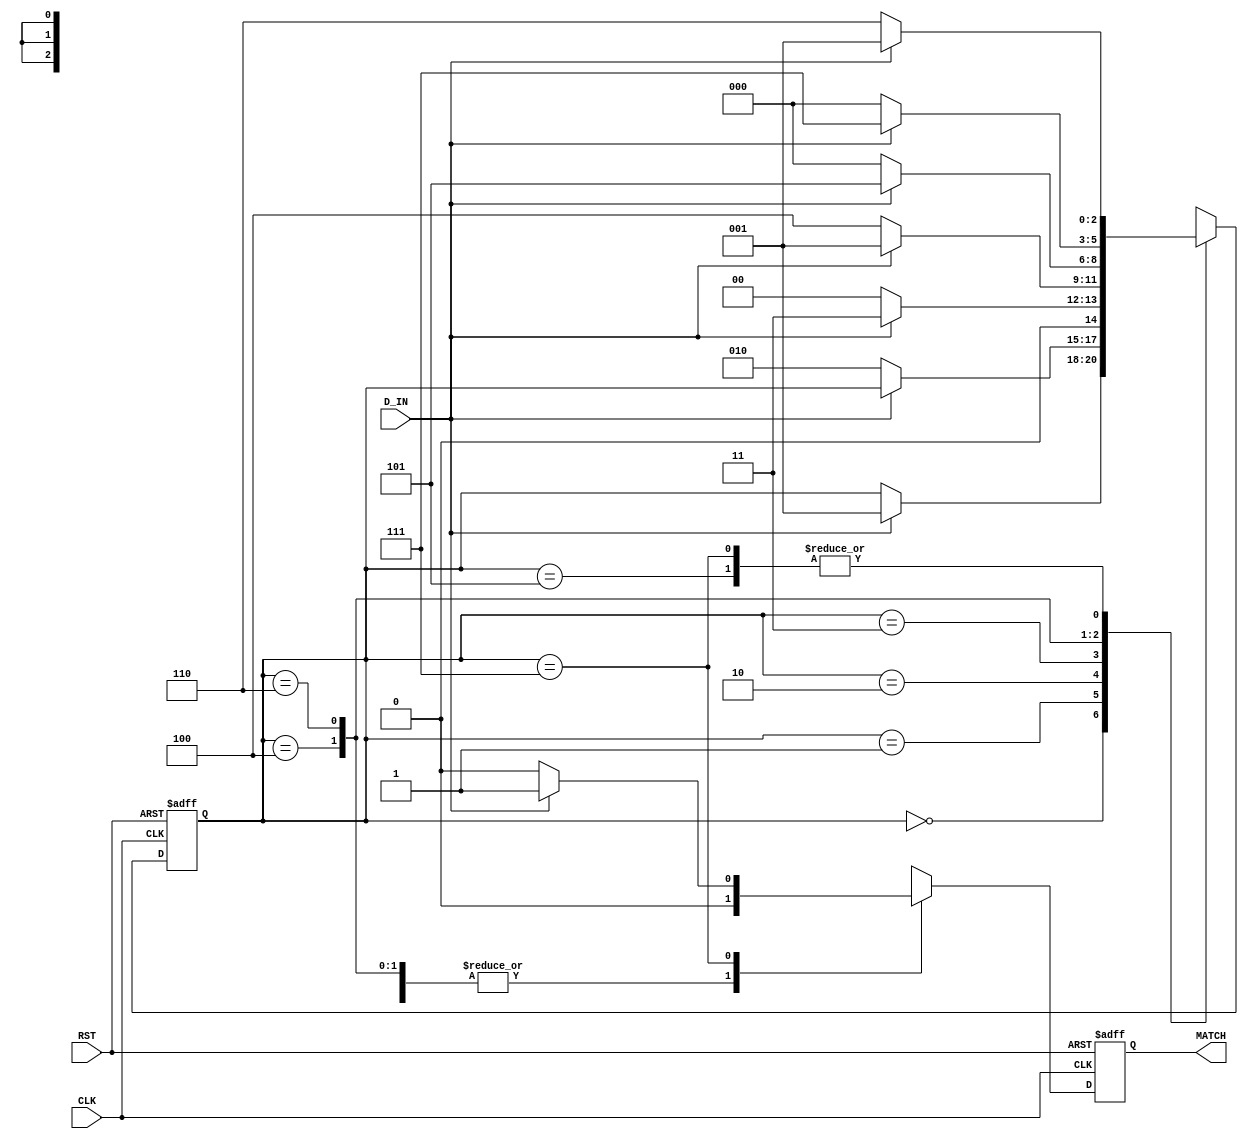
//-----------------------------------------------------------------------------------------------------------------------------------------------------------------------------------
// Purpose: Implement a RTL level design of a sequence detector to detect pattern 10101011. Including Repetation.  
// Concept: 1. The test-bench reads one bit at a time from an input file called pattern.in which contains a stream of 0s and 1s to be used as your input pattern. 
//          2. When the sequence detector detects the pattern, output signal MATCH, should go HIGH in the same clock cycle and remains high for 1-clock cycle. If enable (* active high) is not active then neither grant is generated, nor priorities updated.
//          3. output is written to a file seq.out..
// 
// Owner: Rohit Kumar Singh
//-----------------------------------------------------------------------------------------------------------------------------------------------------------------------------------


`timescale 1ns/1ns

module seq_detect (D_IN, CLK, RST, MATCH);
input CLK, RST, D_IN;
output reg MATCH;

parameter  
Start=3'b000, 
S1=3'b001,
S10=3'b010,
S101=3'b011,
S1010=3'b100,
S10101=3'b101,
S101010=3'b110,
S1010101=3'b111;

reg [2:0] state; 

always @(posedge CLK, posedge RST)
begin
if(RST==1)
begin 
state <= Start;
MATCH<=0;
end
else
begin
 case(state) 
 
 Start:
 begin
  MATCH<=0;
  if(D_IN)
   state <= S1;
 end
 
 S1:
 begin
  MATCH<=0;
  if(!D_IN)
   state <= S10;
 end
 
 S10:
 begin
  MATCH<=0;
  if(D_IN)
   state <= S101;
  else
   state <= Start;
 end 
 
 S101:
 begin
  MATCH<=0;
  if(!D_IN)
   state <= S1010;
  else
   state <= S1;
 end
 
 S1010:
 begin
  MATCH<=0;
  if(D_IN)
   state = S10101;
  else
   state = Start;
 end
 
  S10101:
  begin
  MATCH<=0;
  if(!D_IN)
   state <= S101010;
  else
   state <= S1;
 end
 
 S101010:
 begin
  MATCH<=0;
  if(D_IN)
   state = S1010101;
  else
   state = Start;
 end
 
  S1010101:
  begin
  if(D_IN)
   begin
   state = S1;
   MATCH<=1;
   end
  else
   begin 
   state = S101010;
   MATCH<=0;
   end
  end
 
default:state = Start;
endcase
 end
end

endmodule